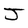
Character: J